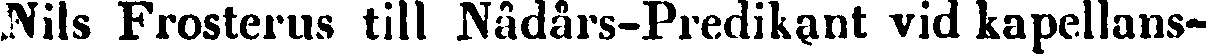
Nils Frosterus till Nådårs-Predikant vid kapellans-